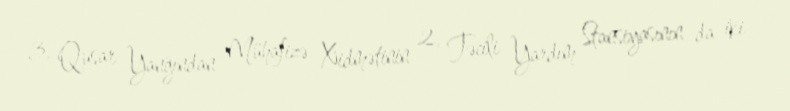
3, Qusar Yanğından Mühafizə Xidmətinin 2, Təcili Yardım Stansiyasının da iki